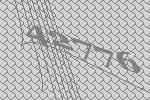
42776